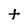
Character: t